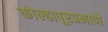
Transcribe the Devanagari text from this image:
कोल्हापूरप्रमाणे